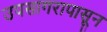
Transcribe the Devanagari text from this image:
उपसागरापासून